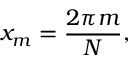
x _ { m } = { \frac { 2 \pi m } { N } } ,